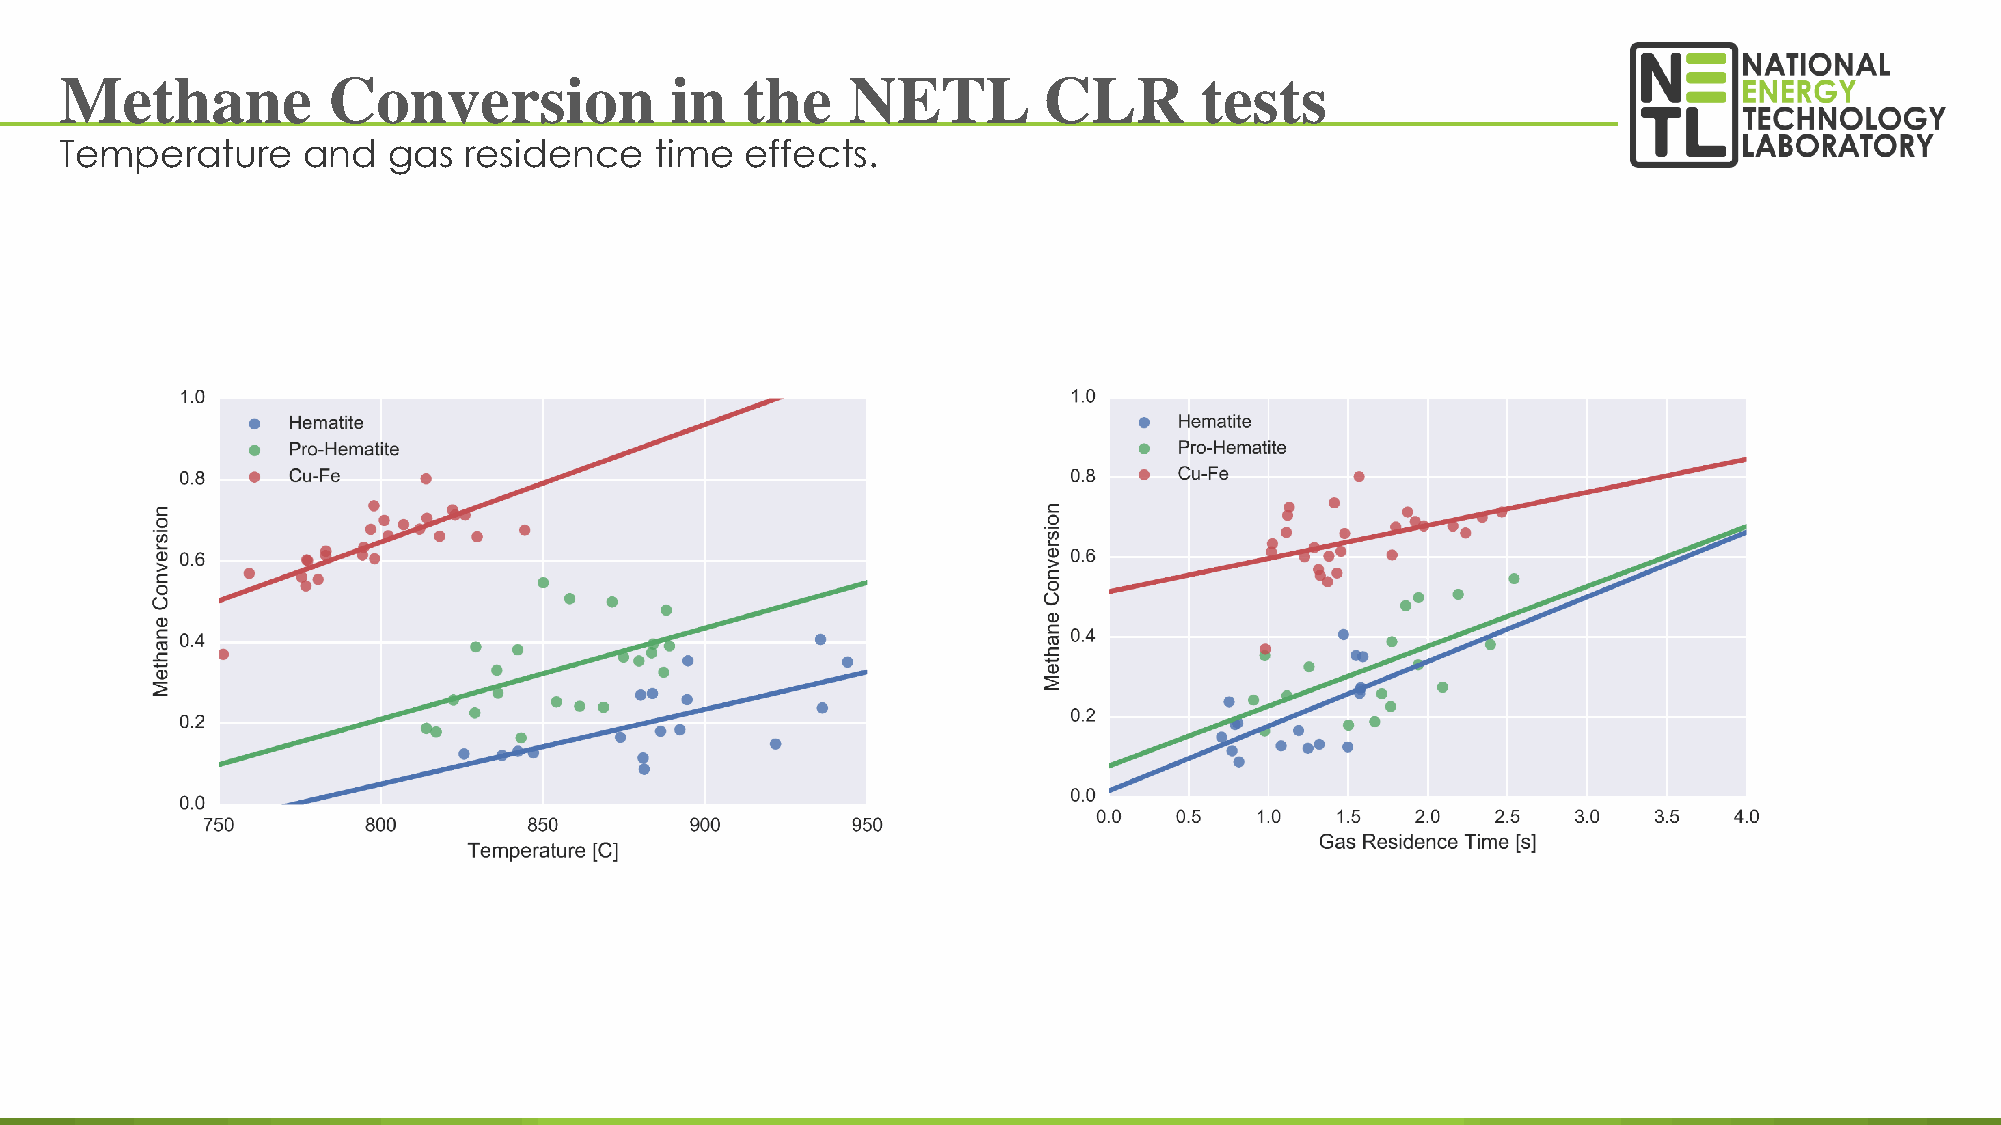
Methane           Conversion            in   the    NETL         CLR       tests
 Temperature     and   gas  residence   time  effects.
 83